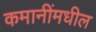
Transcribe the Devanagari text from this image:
कमानींमधील